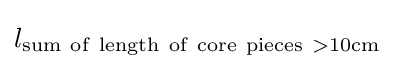
l_{\mathrm {sum~of~length~of~core~pieces~>10cm} }